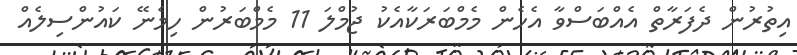
އިތުރުން ދެފަރާތް އެއްބަސްވާ އެހެން މެމްބަރަކާއެކު ޖުމްލަ 11 މެމްބަރުން ހިމެނޭ ކައުންސިލެއް